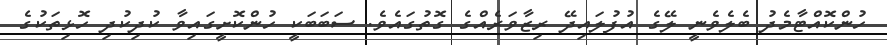
ހުންކޮއްޓާމެދު ބެލެވެނީ ލޭގެ އުފުލައިދޭ ރިޒާވަރެއްގެ ގޮތުގައެވެ. ސަބަބަކީ ހުންކޮށީގައިވާ ކުދިކުދި ހޮޅިތަކުގެ